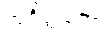
အစိတ္တကော